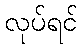
လုပ်ရင်